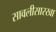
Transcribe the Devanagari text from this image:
सावलीसारखा